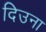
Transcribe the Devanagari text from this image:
दिउना